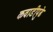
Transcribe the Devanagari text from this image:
कवाडीपुढे